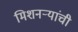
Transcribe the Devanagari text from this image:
मिशनऱ्यांची